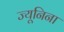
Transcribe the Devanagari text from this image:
ज्यूनिना